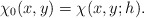
\begin{align*}\chi_0(x,y)=\chi(x,y;h).\end{align*}